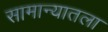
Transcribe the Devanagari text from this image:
सामान्यातला